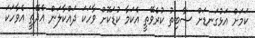
ކަމަށް އަޅުގަނޑަށް ސާބިތު ކުރެވޭތީ އެކަމާ ކުޑަކޮށް ވާހަކަ ދައްކާލަން އެދޭތީ އެވާހަކަ